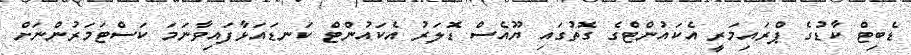
ޑެބިޓް ކާޑުގެ ޕްރައިމަރީ އެކައުންޓްގެ ގޮތުގައި ޔޫއެސް ޑޮަލަރު އެކައުންޓް ކަނޑައަޅާފައިވާނަމަ ކަސްޓަމަރުންނަށް